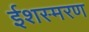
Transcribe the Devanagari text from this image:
ईशस्मरण